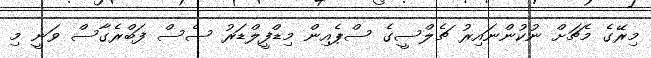
މިރޭގެ މެޗަށް ނުކުންނައިރު ޗެލްސީގެ ސްޕެއިން މިޑްފީލްޑަރު ސެސް ފަބްރެގާސް ވަނީ މި